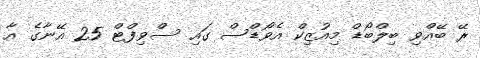
ރޭ ބޭއްވި ބިލްބޯޑް މިއުޒިކް އެވޯޑްސް ގައި ސްވިފްޓް 25 އޭނާގެ އާ